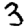
Digit: 3